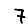
Digit: 7